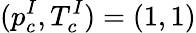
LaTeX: (p_{c}^{I},T_{c}^{I})=(1,1)